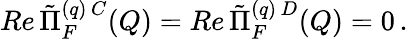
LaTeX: Re\, \tilde{\Pi}_{F}^{(q)\, C}(Q)=Re\, \tilde{\Pi}_{F}^{(q)\, D}(Q)=0\, .